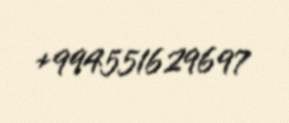
+994551629697